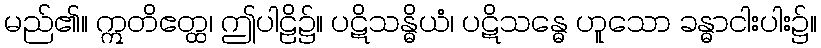
မည်၏။ ဣတိဧတ္ထ၊ ဤပါဠိ၌။ ပဋိသန္ဓိယံ၊ ပဋိသန္ဓေ ဟူသော ခန္ဓာငါးပါး၌။